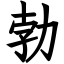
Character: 勃